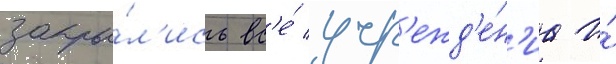
закры́л'ись вс'е́ учр'ежд'е́н'иа и́